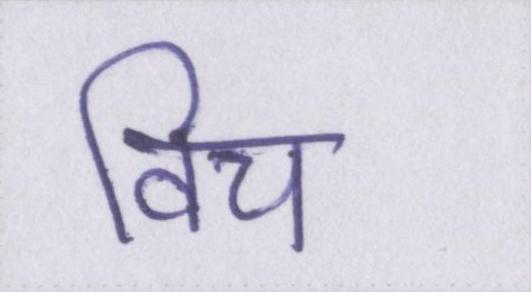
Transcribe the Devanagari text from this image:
विच